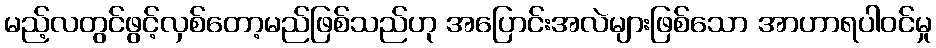
မည့်လတွင်ဖွင့်လှစ်တော့မည်ဖြစ်သည်ဟု အပြောင်းအလဲများဖြစ်သော အာဟာရပါဝင်မှု